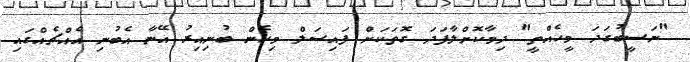
"ނަސީބުގަދަ މީހެއްތީ" ދިމާކޮށްލާފަދަ ގޮތަކަށް ފައިސަލް މިހެން ބުނިއިރު އޭނާ އެބުނި އެއްޗެއްގައި